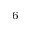
^ { - 6 }